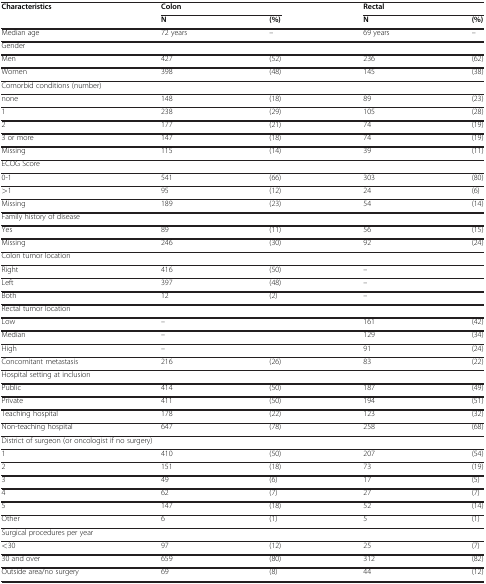
| Characteristics | <COLSPAN=2> Colon | <COLSPAN=2> Rectal |
 |  | N | (%) | N | (%) |
 | --- | --- | --- | --- | --- |
 | Median age | 72 years | – | 69 years | – |
 | <COLSPAN=5> Gender |
 | Men | 427 | (52) | 236 | (62) |
 | Women | 398 | (48) | 145 | (38) |
 | <COLSPAN=5> Comorbid conditions (number) |
 | none | 148 | (18) | 89 | (23) |
 | 1 | 238 | (29) | 105 | (28) |
 | 2 | 177 | (21) | 74 | (19) |
 | 3 or more | 147 | (18) | 74 | (19) |
 | Missing | 115 | (14) | 39 | (11) |
 | <COLSPAN=5> ECOG Score |
 | 0-1 | 541 | (66) | 303 | (80) |
 | >1 | 95 | (12) | 24 | (6) |
 | Missing | 189 | (23) | 54 | (14) |
 | <COLSPAN=5> Family history of disease |
 | Yes | 89 | (11) | 56 | (15) |
 | Missing | 246 | (30) | 92 | (24) |
 | <COLSPAN=5> Colon tumor location |
 | Right | 416 | (50) | – |  |
 | Left | 397 | (48) | – |  |
 | Both | 12 | (2) | – |  |
 | <COLSPAN=5> Rectal tumor location |
 | Low | – |  | 161 | (42) |
 | Median | – |  | 129 | (34) |
 | High | – |  | 91 | (24) |
 | Concomitant metastasis | 216 | (26) | 83 | (22) |
 | <COLSPAN=5> Hospital setting at inclusion |
 | Public | 414 | (50) | 187 | (49) |
 | Private | 411 | (50) | 194 | (51) |
 | Teaching hospital | 178 | (22) | 123 | (32) |
 | Non-teaching hospital | 647 | (78) | 258 | (68) |
 | <COLSPAN=5> District of surgeon (or oncologist if no surgery) |
 | 1 | 410 | (50) | 207 | (54) |
 | 2 | 151 | (18) | 73 | (19) |
 | 3 | 49 | (6) | 17 | (5) |
 | 4 | 62 | (7) | 27 | (7) |
 | 5 | 147 | (18) | 52 | (14) |
 | Other | 6 | (1) | 5 | (1) |
 | <COLSPAN=5> Surgical procedures per year |
 | <30 | 97 | (12) | 25 | (7) |
 | 30 and over | 659 | (80) | 312 | (82) |
 | Outside area/no surgery | 69 | (8) | 44 | (12) |